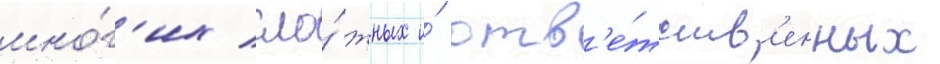
мно́г'их сло́жных и́ отв'е́тств'енных